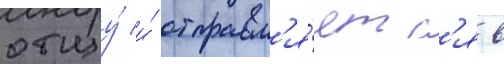
отцу́ и́ отправл'я́етс'я в